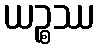
ယဉ္စဿ